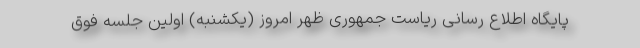
پایگاه اطلاع رسانی ریاست جمهوری ظهر امروز (یکشنبه) اولین جلسه فوق